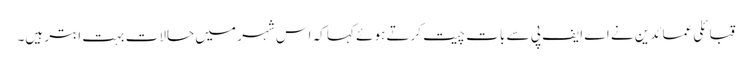
قبائلی عمائدین نے اے ایف پی سے بات چیت کرتے ہوئے کہا کہ اس شہر میں حالات بہت ابتر ہیں۔